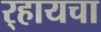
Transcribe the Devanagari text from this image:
र्‍हायचा